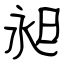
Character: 昶